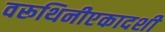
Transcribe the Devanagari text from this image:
वरूथिनीएकादशी